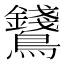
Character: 𪈇